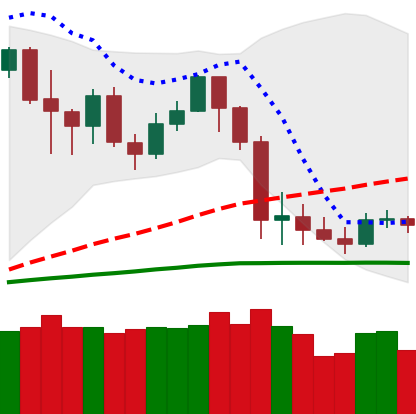
Ticker: LTC-USD
Chart end date: 2020-03-04
Forward return: -16.916%
Label: down_7plus